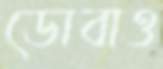
ডোবাও